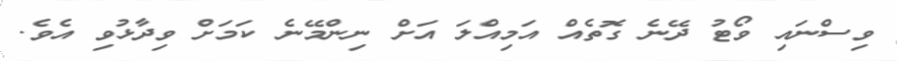
ވިސްނައި ވޯޓު ދޭނެ ގޮތެއް އަމިއްލަ އަށް ނިންމޭނެ ކަމަށް ވިދާޅުވި އެވެ.